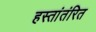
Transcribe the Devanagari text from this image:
हस्तांतंरित